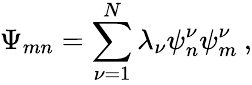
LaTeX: \Psi_{mn}=\sum_{\nu=1}^{N}\lambda_{\nu}\psi_{n}^{\nu}\psi_{m}^{\nu}\: ,